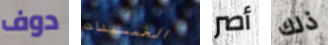
دوف الخمسينات أصر ذلك